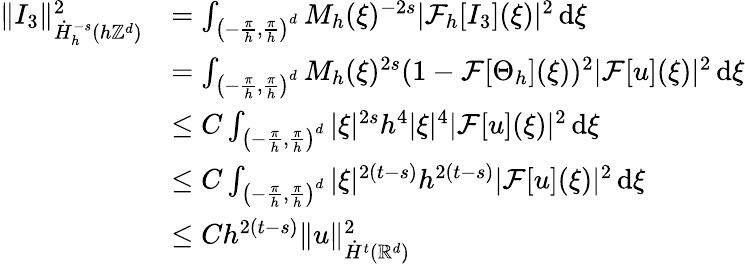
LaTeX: \begin{array}{rl}{\| I_{3}\| _{\dot{H}_{h}^{-s}(h\mathbb{Z}^{d})}^{2}}&{=\int_{\left(-\frac{\pi}{h},\frac{\pi}{h}\right)^{d}}M_{h}(\xi)^{-2s}|\mathcal{F}_{h}[I_{3}](\xi)|^{2}\, \mathrm{d}\xi}\\ &{=\int_{\left(-\frac{\pi}{h},\frac{\pi}{h}\right)^{d}}M_{h}(\xi)^{2s}(1-\mathcal{F}[\Theta_{h}](\xi))^{2}|\mathcal{F}[u](\xi)|^{2}\, \mathrm{d}\xi}\\ &{\le C\int_{\left(-\frac{\pi}{h},\frac{\pi}{h}\right)^{d}}|\xi|^{2s}h^{4}|\xi|^{4}|\mathcal{F}[u](\xi)|^{2}\, \mathrm{d}\xi}\\ &{\le C\int_{\left(-\frac{\pi}{h},\frac{\pi}{h}\right)^{d}}|\xi|^{2(t-s)}h^{2(t-s)}|\mathcal{F}[u](\xi)|^{2}\, \mathrm{d}\xi}\\ &{\le Ch^{2(t-s)}\| u\| _{\dot{H}^{t}(\mathbb{R}^{d})}^{2}}\end{array}